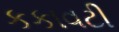
કકાવટી